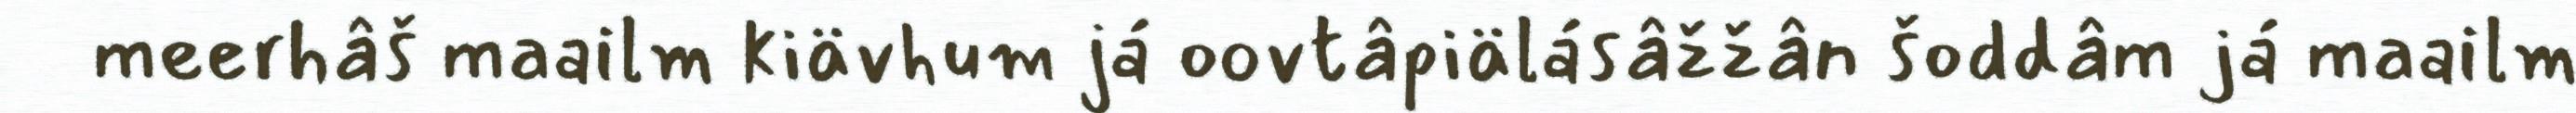
meerhâš maailm kiävhum já oovtâpiälásâžžân šoddâm já maailm